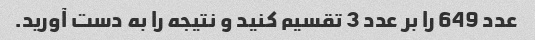
عدد 649 را بر عدد 3 تقسیم کنید و نتیجه را به دست آورید.